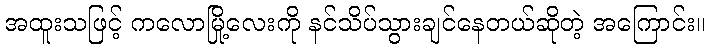
အထူးသဖြင့် ကလောမြို့လေးကို နင်သိပ်သွားချင်နေတယ်ဆိုတဲ့ အကြောင်း။